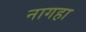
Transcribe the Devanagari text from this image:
नागहा